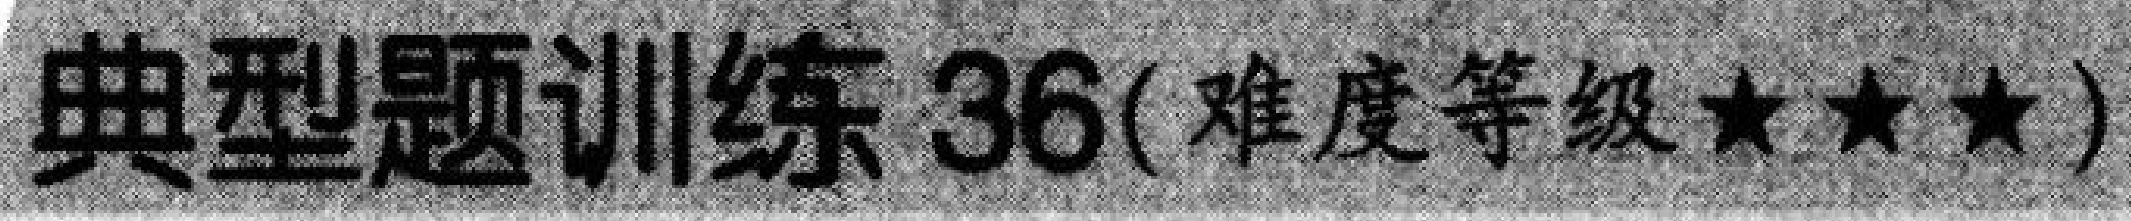
典型题训练 36(难度等级★★★)